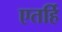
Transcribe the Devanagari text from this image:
एतर्हि